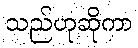
သည်ဟုဆိုကာ